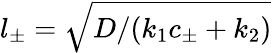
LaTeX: {l_{\pm}=\sqrt{D/(k_{1}c_{\pm}+k_{2})}}